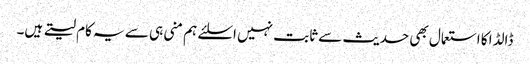
ڈالڈا کا استعمال بھی حدیث سے ثابت نہیں اسلئے ہم منی ہی سے یہ کام لیتے ہیں۔